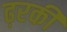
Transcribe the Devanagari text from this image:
ढ़रकी